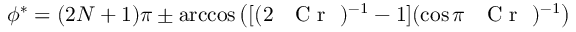
\phi ^ { * } = ( 2 N + 1 ) \pi \pm \operatorname { a r c c o s } { \left( [ ( 2 \mathrm { ~ \textit ~ { ~ C ~ r ~ } ~ } ) ^ { - 1 } - 1 ] ( \cos \pi \mathrm { ~ \textit ~ { ~ C ~ r ~ } ~ } ) ^ { - 1 } \right) }